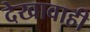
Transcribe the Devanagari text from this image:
देखावाही